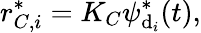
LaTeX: r_{C,i}^{*}=K_{C}\psi_{\mathrm{d}_{i}}^{*}(t),